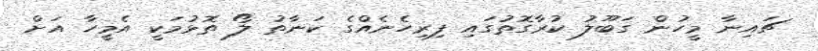
ޗައިނާ މީހުން ގަބޫލު ކުރާގޮތުގައި ފިރިހެނެއްގެ ކަނާތު ލޯ ތޮޅުމަކީ އެމީހާ އަށް